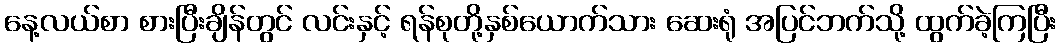
နေ့လယ်စာ စားပြီးချိန်တွင် လင်းနှင့် ရန်စုတို့နှစ်ယောက်သား ဆေးရုံ အပြင်ဘက်သို့ ထွက်ခဲ့ကြပြီး